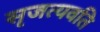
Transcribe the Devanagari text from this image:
सृजत्यवति